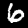
Label: 6